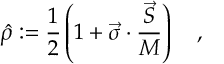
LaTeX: \hat { \rho } : = \frac { 1 } { 2 } \left( 1 + \vec { \sigma } \cdot \frac { \vec { S } } { M } \right) \quad ,